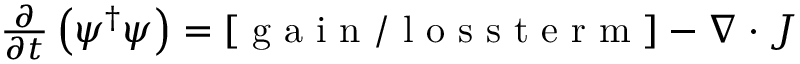
\begin{array} { r } { \frac { \partial } { \partial t } \left( \psi ^ { \dagger } \psi \right) = [ \mathrm { ~ g ~ a ~ i ~ n ~ / ~ l ~ o ~ s ~ s ~ t ~ e ~ r ~ m ~ } ] - \nabla \cdot J } \end{array}